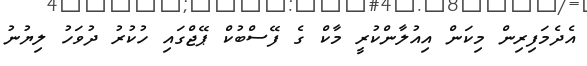
އެދެމަފިރިން މިކަން އިއުލާންކުރީ މާކް ގެ ފޭސްބުކް ޕޭޖްގައި ހުކުރު ދުވަހު ލިޔުނު